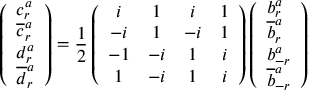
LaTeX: \left( \begin{array} { l } { { c _ { r } ^ { a } } } \\ { { \overline { { { c } } } _ { r } ^ { a } } } \\ { { d _ { r } ^ { a } } } \\ { { \overline { { { d } } } _ { r } ^ { a } } } \end{array} \right) = \frac { 1 } { 2 } \left( \begin{array} { c c c c } { { i } } & { { 1 } } & { { i } } & { { 1 } } \\ { { - i } } & { { 1 } } & { { - i } } & { { 1 } } \\ { { - 1 } } & { { - i } } & { { 1 } } & { { i } } \\ { { 1 } } & { { - i } } & { { 1 } } & { { i } } \end{array} \right) \left( \begin{array} { l } { { b _ { r } ^ { a } } } \\ { { \overline { { { b } } } _ { r } ^ { a } } } \\ { { b _ { - r } ^ { a } } } \\ { { \overline { { { b } } } _ { - r } ^ { a } } } \end{array} \right)